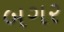
બગર